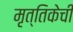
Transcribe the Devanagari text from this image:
मृत्तिकेची